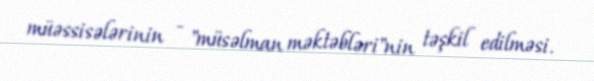
müəssisələrinin - "müsəlman məktəbləri"nin təşkil edilməsi.